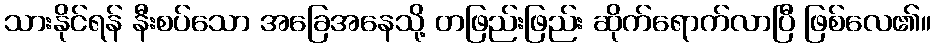
သားနိုင်ရန် နီးစပ်သော အခြေအနေသို့ တဖြည်းဖြည်း ဆိုက်ရောက်လာပြီ ဖြစ်လေ၏။